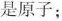
是原子；